Medical and sanitary report of the native army of Madras for the year
Year: 1872
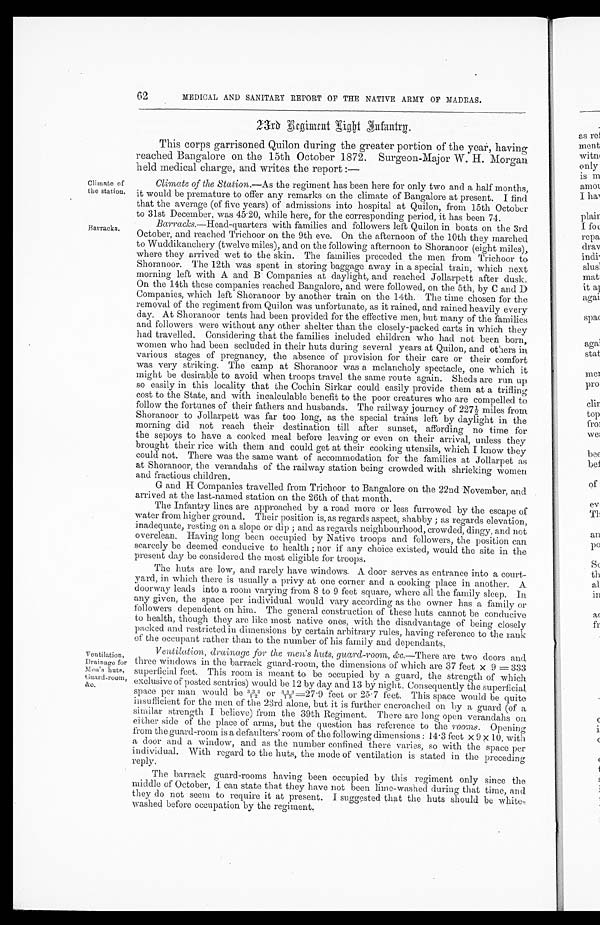
62
MEDICAL AND SANITARY REPORT OF THE NATIVE ARMY OF MADRAS.
23rd Regiment Right Infantry.
Climate of
the station.
Barracks
T h i s c o r p s g a r r i s o n e d Q u i l o n d u r i n g t h e g r e a t e r p o r t i o n o f t h e y e a r , h a v i n g
r e a c h e d B a n g a l o r e o n t h e 1 5 t h O c t o b e r 1 8 7 2 . S u r g e o n - M a j o r W . H . M o r g a n
h e l d m e d i c a l c h a r g e , a n d w r i t e s t h e r e p o r t : —
C l i m a t e o f t h e S t a t i o n . — A s t h e r e g i m e n t h a s b e e n h e r e f o r o n l y t w o a n d a h a l f m o n t h s ,
i t w o u l d b e p r e m a t u r e t o o f f e r a n y r e m a r k s o n t h e c l i m a t e o f B a n g a l o r e a t p r e s e n t . I f i n d
t h a t t h e a v e r a g e ( o f f i v e y e a r s ) o f a d m i s s i o n s i n t o h o s p i t a l a t Q u i l o n , f r o m 1 5 t h O c t o b e r
t o 3 1 s t D e c e m b e r . w a s 4 5 . 2 0 , w h i l e h e r e , f o r t h e c o r r e s p o n d i n g p e r i o d , i t h a s b e e n 7 4 .
B a r r a c k s . — H e a d - q u a r t e r s w i t h f a m i l i e s a n d f o l l o w e r s l e f t Q u i l o n i n b o a t s o n t h e 3 r d
O c t o b e r , a n d r e a c h e d T r i c h o o r o n t h e 9 t h e v e . O n t h e a f t e r n o o n o f t h e 1 0 t h t h e y m a r c h e d
t o W u d d i k a n c h e r y ( t w e l v e m i l e s ) , a n d o n t h e f o l l o w i n g a f t e r n o o n t o S h o r a n o o r ( e i g h t m i l e s ) ,
w h e r e t h e y a r r i v e d w e t t o t h e s k i n . T h e f a m i l i e s p r e c e d e d t h e m e n f r o m T r i c h o o r t o
S h o r a n o o r . T h e 1 2 t h w a s s p e n t i n s t o r i n g b a g g a g e a w a y i n a s p e c i a l t r a i n , w h i c h n e x t
m o r n i n g l e f t w i t h A a n d B C o m p a n i e s a t d a y l i g h t , a n d r e a c h e d J o l l a r p e t t a f t e r d u s k .
O n t h e 1 4 t h t h e s e c o m p a n i e s r e a c h e d B a n g a l o r e , a n d w e r e f o l l o w e d , o n t h e 5 t h , b y C a n d D
C o m p a n i e s , w h i c h l e f t S h o r a n o o r b y a n o t h e r t r a i n o n t h e 1 4 t h . T h e t i m e c h o s e n f o r t h e
r e m o v a l o f t h e r e g i m e n t f r o m Q u i l o n w a s u n f o r t u n a t e , a s i t r a i n e d , a n d r a i n e d h e a v i l y e v e r y
d a y . A t S h o r a n o o r t e n t s h a d b e e n p r o v i d e d f o r t h e e f f e c t i v e m e n , b u t m a n y o f t h e f a m i l i e s
a n d f o l l o w e r s w e r e w i t h o u t a n y o t h e r s h e l t e r t h a n t h e c l o s e l y - p a c k e d c a r t s i n w h i c h t h e y h a d t r a v e l l e d . C o n s i d e r i n g t h a t t h e f a m i l i e s i n c l u d e d c h i l d r e n w h o h a d n o t b e e n b o r n , w o m e n w h o h a d b e e n s e c l u d e d i n t h e i r h u t s d u r i n g s e v e r a l y e a r s a t Q u i l o n , a n d o t h e r s i n v a r i o u s s t a g e s o f p r e g n a n c y , t h e a b s e n c e o f p r o v i s i o n f o r t h e i r c a r e o r t h e i r c o m f o r t w a s v e r y s t r i k i n g . T h e c a m p a t S h o r a n o o r w a s a m e l a n c h o l y s p e c t a c l e , o n e w h i c h i t m i g h t b e d e s i r a b l e t o a v o i d w h e n t r o o p s t r a v e l t h e s a m e r o u t e a g a i n . S h e d s a r e r u n u p s o e a s i l y i n t h i s l o c a l i t y t h a t t h e C o c h i n S i r k a r c o u l d e a s i l y p r o v i d e t h e m a t a t r i f l i n g c o s t t o t h e S t a t e , a n d w i t h i n c a l c u l a b l e b e n e f i t t o t h e p o o r c r e a t u r e s w h o a r e c o m p e l l e d t o f o l l o w t h e f o r t u n e s o f t h e i r f a t h e r s a n d h u s b a n d s . T h e r a i l w a y j o u r n e y o f 2 2 7 ½ m i l e s f r o m ,
S h o r a n o o r t o J o l l a r p e t t w a s f a r t o o l o n g , a s t h e s p e c i a l t r a i n s l e f t b y d a y l i g h t i n t h e m o r n i n g d i d n o t r e a c h t h e i r d e s t i n a t i o n t i l l a f t e r s u n s e t , a f f o r d i n g n o t i m e f o r t h e s e p o y s t o h a v e a c o o k e d m e a l b e f o r e l e a v i n g o r e v e n o n t h e i r a r r i v a l , u n l e s s t h e y b r o u g h t t h e i r r i c e w i t h t h e m a n d c o u l d g e t a t t h e i r c o o k i n g u t e n s i l s , w h i c h I k n o w t h e y c o u l d n o t . T h e r e w a s t h e s a m e w a n t o f a c c o m m o d a t i o n f o r t h e f a m i l i e s a t J o l l a r p e t a s a t S h o r a n o o r , t h e v e r a n d a h s o f t h e r a i l w a y s t a t i o n b e i n g c r o w d e d w i t h s h r i e k i n g W o m e n a n d f r a c t i o u s c h i l d r e n . G a n d H C o m p a n i e s t r a v e l l e d f r o m T r i c h o o r t o B a n g a l o r e o n t h e 2 2 n d N o v e m b e r , a n d a r r i v e d a t t h e l a s t - n a m e d s t a t i o n o n t h e 2 6 t h o f t h a t m o n t h . T h e I n f a n t r y l i n e s a r e a p p r o a c h e d b y a r o a d m o r e o r l e s s f u r r o w e d b y t h e e s c a p e o f w a t e r f r o m h i g h e r g r o u n d . T h e i r p o s i t i o n i s , a s r e g a r d s a s p e c t , s h a b b y ; a s r e g a r d s e l e v a t i o n ,
i n a d e q u a t e , r e s t i n g o n a s l o p e o r d i p ; a n d a s r e g a r d s n e i g h b o u r h o o d , c r o w d e d , d i n g y , a n d n o t
o v e r c l e a n . H a v i n g l o n g b e e n o c c u p i e d b y N a t i v e t r o o p s a n d f o l l o w e r s , t h e p o s i t i o n c a n s c a r c e l y b e d e e m e d c o n d u c i v e t o h e a l t h ; n o r i f a n y c h o i c e e x i s t e d , w o u l d t h e s i t e i n t h e p r e s e n t d a y b e c o n s i d e r e d t h e m o s t e l i g i b l e f o r t r o o p s . T h e h u t s a r e l o w , a n d r a r e l y h a v e w i n d o w s . A d o o r s e r v e s a s e n t r a n c e i n t o a c o u r t - y a r d , i n w h i c h t h e r e i s u s u a l l y a p r i v y a t o n e c o r n e r a n d a c o o k i n g p l a c e i n a n o t h e r . A d o o r w a y l e a d s i n t o a r o o m v a r y i n g f r o m 8 t o 9 f e e t s q u a r e , w h e r e a l l t h e f a m i l y s l e e p . I n a n y g i v e n , t h e s p a c e p e r i n d i v i d u a l w o u l d v a r y a c c o r d i n g a s t h e o w n e r h a s a f a m i l y o r f o l l o w e r s d e p e n d e n t o n h i m . T h e g e n e r a l c o n s t r u c t i o n o f t h e s e h u t s c a n n o t b e c o n d u c i v e t o h e a l t h , t h o u g h t h e y a r e l i k e m o s t n a t i v e o n e s , w i t h t h e d i s a d v a n t a g e o f b e i n g c l o s e l y p a c k e d a n d r e s t r i c t e d i n d i m e n s i o n s b y c e r t a i n a r b i t r a r y r u l e s , h a v i n g r e f e r e n c e t o t h e r a n k o f t h e o c c u p a n t r a t h e r t h a n t o t h e n u m b e r o f h i s f a m i l y a n d d e p e n d a n t s .
V e n t i l a t i o n ,
D r a i n a g e f o r M e n ' s h u t s ,
G u a r d - r o o m ,
& c
V e n t i l a t i o n , d r a i n a g e f o r t h e m e n ' s h u t s , g u a r d - r o o m , & c . — T h e r e a r e t w o d o o r s a n d
t h r e e w i n d o w s i n t h e b a r r a c k g u a r d - r o o m , t h e d i m e n s i o n s o f w h i c h a r e 3 7 f e e t x 9 = 3 3 3
s u p e r f i c i a l f e e t . T h i s r o o m i s m e a n t t o b e o c c u p i e d b y a g u a r d , t h e s t r e n g t h o f w h i c h
e x c l u s i v e o f p o s t e d s e n t r i e s ) w o u l d b e 1 2 b y d a y a n d 1 3 b y n i g h t . C o n s e q u e n t l y t h e s u p e r f i c i a l
s p a c e p e r m a n w o u l d b e 3 3 3 / 1 2 o r 3 3 3 / 1 3 = 2 7 . 9 f e e t o r 2 5 . 7 f e e t . T h i s s p a c e w o u l d b e q u i t e
i n s u f f i c i e n t f o r t h e m e n o f t h e 2 3 r d a l o n e , b u t i t i s f u r t h e r e n c r o a c h e d o n b y a g u a r d ( o f a
s i m i l a r s t r e n g t h I b e l i e v e ) f r o m t h e 3 9 t h R e g i m e n t . T h e r e a r e l o n g o p e n v e r a n d a h s o n .
e i t h e r s i d e o f t h e p l a c e o f a r m s , b u t t h e q u e s t i o n h a s r e f e r e n c e t o t h e r o o m s . O p e n i n g
f r o m t h e g u a r d - r o o m i s a d e f a u l t e r s ' r o o m o f t h e f o l l o w i n g d i m e n s i o n s : 1 4 . 3 f e e t x 9 x 1 0 , w i t h
a d o o r a n d a w i n d o w , a n d a s t h e n u m b e r c o n f i n e d t h e r e v a r i e s , s o w i t h t h e s p a c e p e r
i n d i v i d u a l . W i t h r e g a r d t o t h e h u t s , t h e m o d e o f v e n t i l a t i o n i s s t a t e d i n t h e p r e c e d i n g
r e p l y .
T h e b a r r a c k g u a r d - r o o m s h a v i n g b e e n o c c u p i e d b y t h i s r e g i m e n t o n l y s i n c e t h e
m i d d l e o f O c t o b e r , I c a n s t a t e t h a t t h e y h a v e n o t b e e n l i m e - w a s h e d d u r i n g t h a t t i m e , a n d